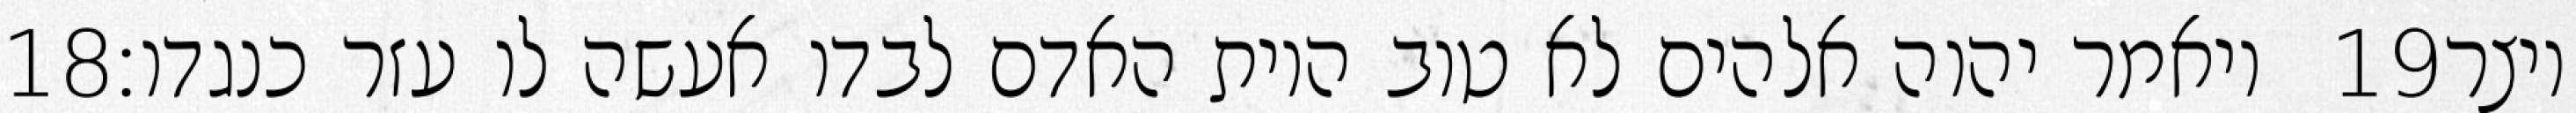
‎18‏ ויאמר יהוה אלהים לא טוב היות האדם לבדו אעשה לו עזר כנגדו׃ ‎19‏ ויצר